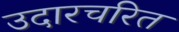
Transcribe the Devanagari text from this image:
उदारचरित